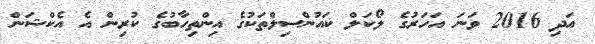
އަދި 2016 ވަނަ އަހަރުގެ ލޯކަލް ކައުންސިލްތަކުގެ އިންތިހާބުގެ ކުރިން އެ އެކްޝަން